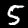
Digit: 5